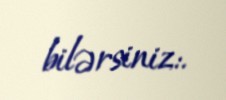
bilərsiniz:.